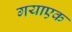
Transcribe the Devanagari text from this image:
गयाएक